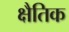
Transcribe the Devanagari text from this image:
क्षैतिक